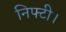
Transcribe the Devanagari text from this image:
निफ्टी।